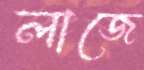
লাজে